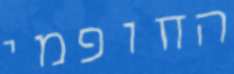
החופמי